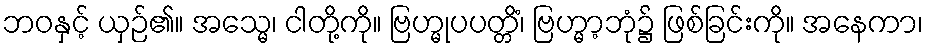
ဘဝနှင့် ယှဉ်၏။ အသ္မေ၊ ငါတို့ကို။ ဗြဟ္မုပပတ္တိံ၊ ဗြဟ္မာ့ဘုံ၌ ဖြစ်ခြင်းကို။ အနေကာ၊